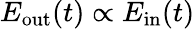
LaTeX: E_{\mathrm{out}}(t)\propto E_{\mathrm{in}}(t)